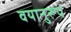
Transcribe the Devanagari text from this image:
वयानुरूप